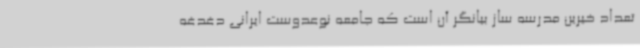
تعداد خیرین مدرسه ساز بیانگر آن است که جامعه نوعدوست ایرانی دغدغه